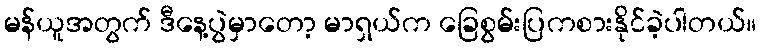
မန်ယူအတွက် ဒီနေ့ပွဲမှာတော့ မာရှယ်က ခြေစွမ်းပြကစားနိုင်ခဲ့ပါတယ်။